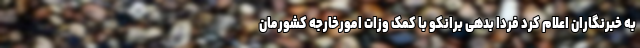
به خبرنگاران اعلام کرد فردا بدهی برانکو با کمک وزات امورخارجه کشورمان